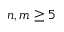
n , m \geq 5